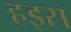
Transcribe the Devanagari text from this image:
हइस